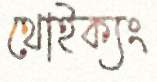
থোইক্যং